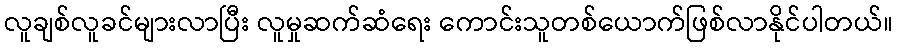
လူချစ်လူခင်များလာပြီး လူမှုဆက်ဆံရေး ကောင်းသူတစ်ယောက်ဖြစ်လာနိုင်ပါတယ်။